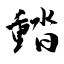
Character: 濌